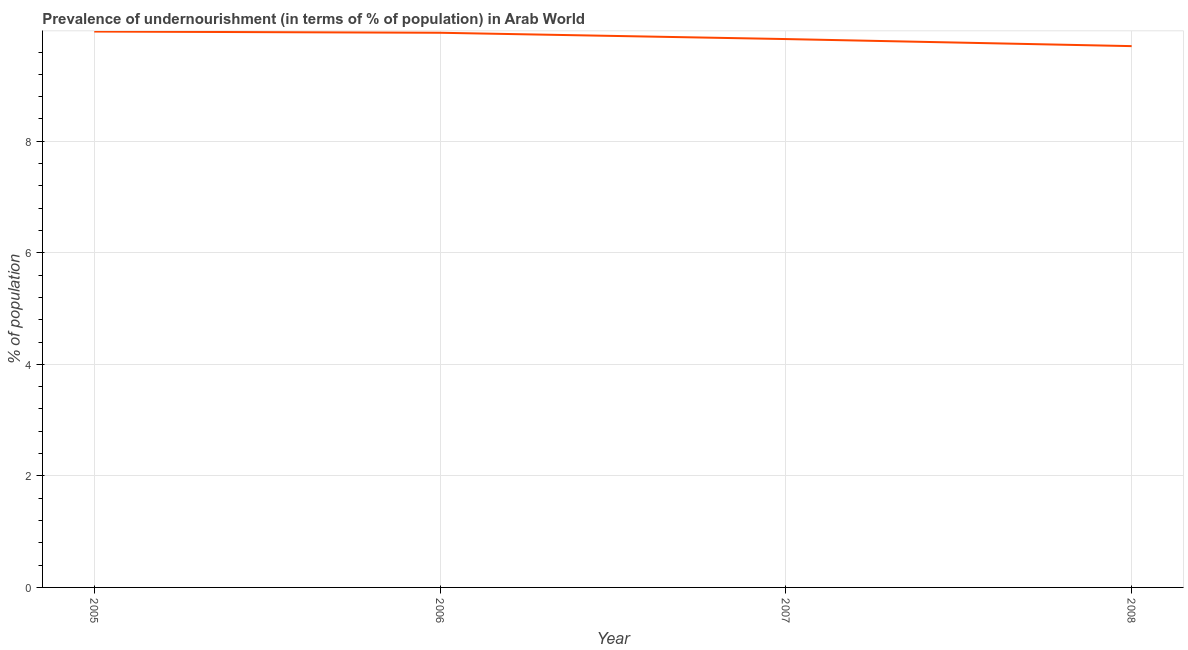
| Year | Prevalence of undernourishment |
 | --- | --- |
 | 2005 | 9.97 |
 | 2006 | 9.95 |
 | 2007 | 9.83 |
 | 2008 | 9.71 |